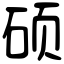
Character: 硕